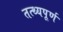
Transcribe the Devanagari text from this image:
तत्थ्यपूर्ण